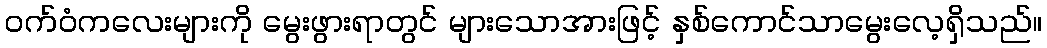
ဝက်ဝံကလေးများကို မွေးဖွားရာတွင် များသောအားဖြင့် နှစ်ကောင်သာမွေးလေ့ရှိသည်။